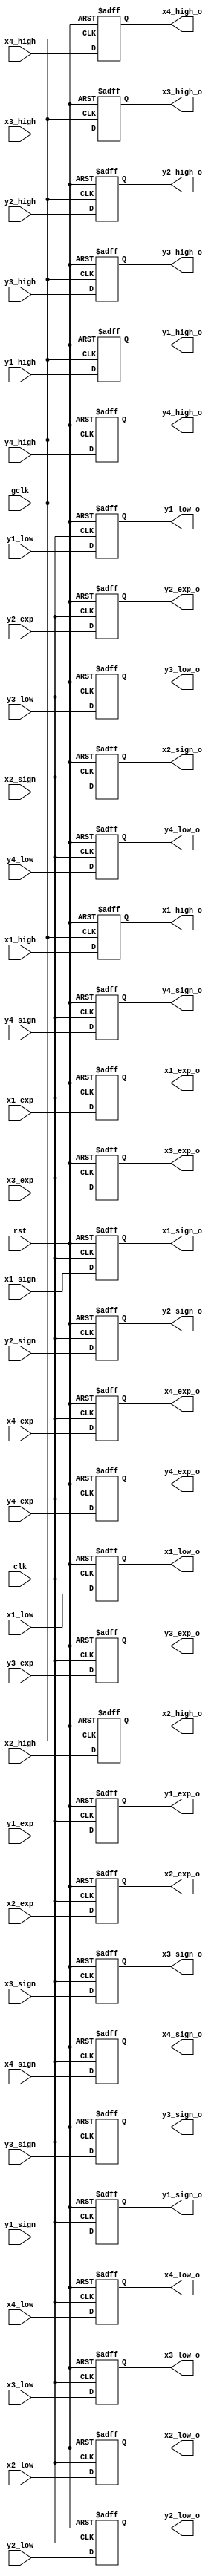
`timescale 1ns/1ns

module reg_1 (
    output reg x1_sign_o, x2_sign_o, x3_sign_o, x4_sign_o, y1_sign_o, y2_sign_o, y3_sign_o, y4_sign_o,
    output reg[7:0] x1_exp_o, x2_exp_o, x3_exp_o, x4_exp_o, y1_exp_o, y2_exp_o, y3_exp_o, y4_exp_o,
    output reg [12 : 0] x1_high_o, x1_low_o, x2_high_o, x2_low_o, x3_high_o, x3_low_o, x4_high_o, x4_low_o
    , y1_high_o, y1_low_o, y2_high_o, y2_low_o, y3_high_o, y3_low_o, y4_high_o, y4_low_o,
    input x1_sign, x2_sign, x3_sign, x4_sign, y1_sign, y2_sign, y3_sign, y4_sign,
    input [7:0] x1_exp, x2_exp, x3_exp, x4_exp, y1_exp, y2_exp, y3_exp, y4_exp,
    input [12 : 0] x1_high, x1_low, x2_high, x2_low, x3_high, x3_low, x4_high, x4_low
    , y1_high, y1_low, y2_high, y2_low, y3_high, y3_low, y4_high, y4_low,
    input gclk, clk, rst
);

always @(posedge clk, negedge rst) begin
    if(~rst) begin
        x1_sign_o <= 1'b0;
        x2_sign_o <= 1'b0;
        x3_sign_o <= 1'b0;
        x4_sign_o <= 1'b0;
        y1_sign_o <= 1'b0;
        y2_sign_o <= 1'b0;
        y3_sign_o <= 1'b0;
        y4_sign_o <= 1'b0;

        x1_exp_o <= 8'b0;
        x2_exp_o <= 8'b0;
        x3_exp_o <= 8'b0;
        x4_exp_o <= 8'b0;
        y1_exp_o <= 8'b0;
        y2_exp_o <= 8'b0;
        y3_exp_o <= 8'b0;
        y4_exp_o <= 8'b0;

        x1_low_o <= 13'b0;
        x2_low_o <= 13'b0;
        x3_low_o <= 13'b0;
        x4_low_o <= 13'b0;
        y1_low_o <= 13'b0;
        y2_low_o <= 13'b0;
        y3_low_o <= 13'b0;
        y4_low_o <= 13'b0;
    end
    else begin
        x1_sign_o <= x1_sign;
        x2_sign_o <= x2_sign;
        x3_sign_o <= x3_sign;
        x4_sign_o <= x4_sign;
        y1_sign_o <= y1_sign;
        y2_sign_o <= y2_sign;
        y3_sign_o <= y3_sign;
        y4_sign_o <= y4_sign;

        x1_exp_o <= x1_exp;
        x2_exp_o <= x2_exp;
        x3_exp_o <= x3_exp;
        x4_exp_o <= x4_exp;
        y1_exp_o <= y1_exp;
        y2_exp_o <= y2_exp;
        y3_exp_o <= y3_exp;
        y4_exp_o <= y4_exp;

        x1_low_o <= x1_low;
        x2_low_o <= x2_low;
        x3_low_o <= x3_low;
        x4_low_o <= x4_low;
        y1_low_o <= y1_low;
        y2_low_o <= y2_low;
        y3_low_o <= y3_low;
        y4_low_o <= y4_low;
    end
end

always @(posedge gclk, negedge rst) begin
    if (~rst) begin
        x1_high_o <= 13'b0;
        x2_high_o <= 13'b0;
        x3_high_o <= 13'b0;
        x4_high_o <= 13'b0;
        y1_high_o <= 13'b0;
        y2_high_o <= 13'b0;
        y3_high_o <= 13'b0;
        y4_high_o <= 13'b0;
    end
    else begin
        x1_high_o <= x1_high;
        x2_high_o <= x2_high;
        x3_high_o <= x3_high;
        x4_high_o <= x4_high;
        y1_high_o <= y1_high;
        y2_high_o <= y2_high;
        y3_high_o <= y3_high;
        y4_high_o <= y4_high;
    end
end

endmodule